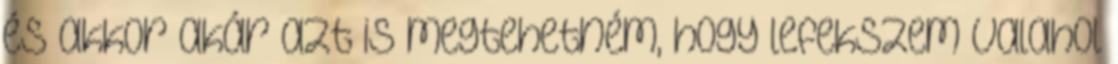
és akkor akár azt is megtehetném, hogy lefekszem valahol